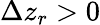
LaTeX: \Delta z_{r}>0